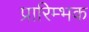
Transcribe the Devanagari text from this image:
प्रारिम्भक